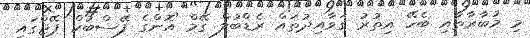
މި މުބާރާތާއި ބެހޭ އިތުރު ގަވާއިދުތައް ރެޑްބުލް ގޭމް އޮންގެ ފޭސްބުކް ޕޭޖްގައި